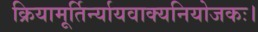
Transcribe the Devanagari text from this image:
क्रियामूर्तिर्न्यायवाक्यनियोजकः।